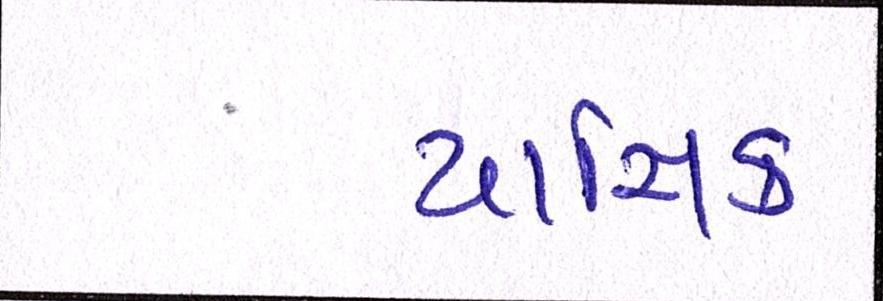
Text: યાજ્ઞિક